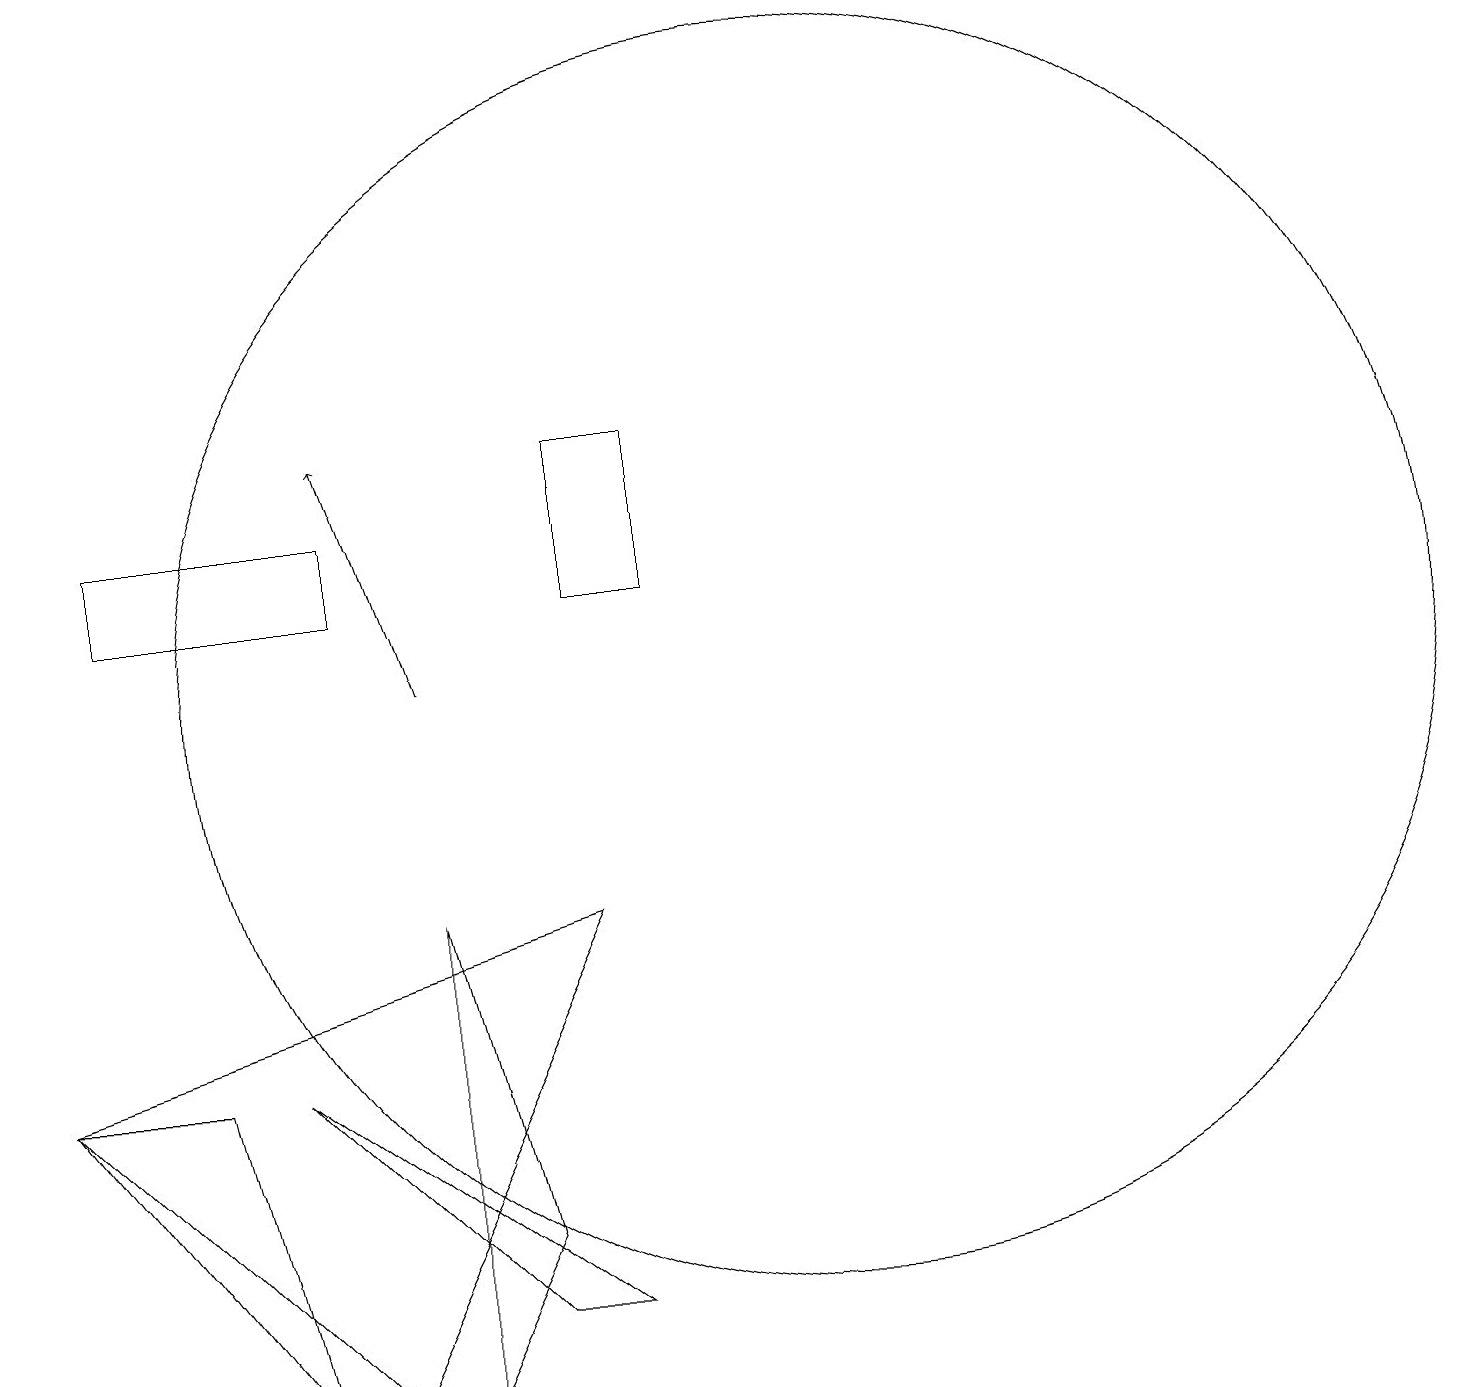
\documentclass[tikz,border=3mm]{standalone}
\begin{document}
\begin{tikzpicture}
\draw (3,6) -- (1,6) -- (4,2) -- cycle;
\draw (7,4) -- (6,8) -- (6,2) -- cycle;
\draw (2,13) rectangle (5,12);
\draw (11,11) circle (8);
\draw[->] (6,11) -- (5,14);
\draw (9,12) rectangle (8,14);
\draw (8,3) -- (7,3) -- (4,6) -- cycle;
\draw (8,8) -- (1,6) -- (5,2) -- cycle;
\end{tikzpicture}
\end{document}